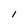
Character: l